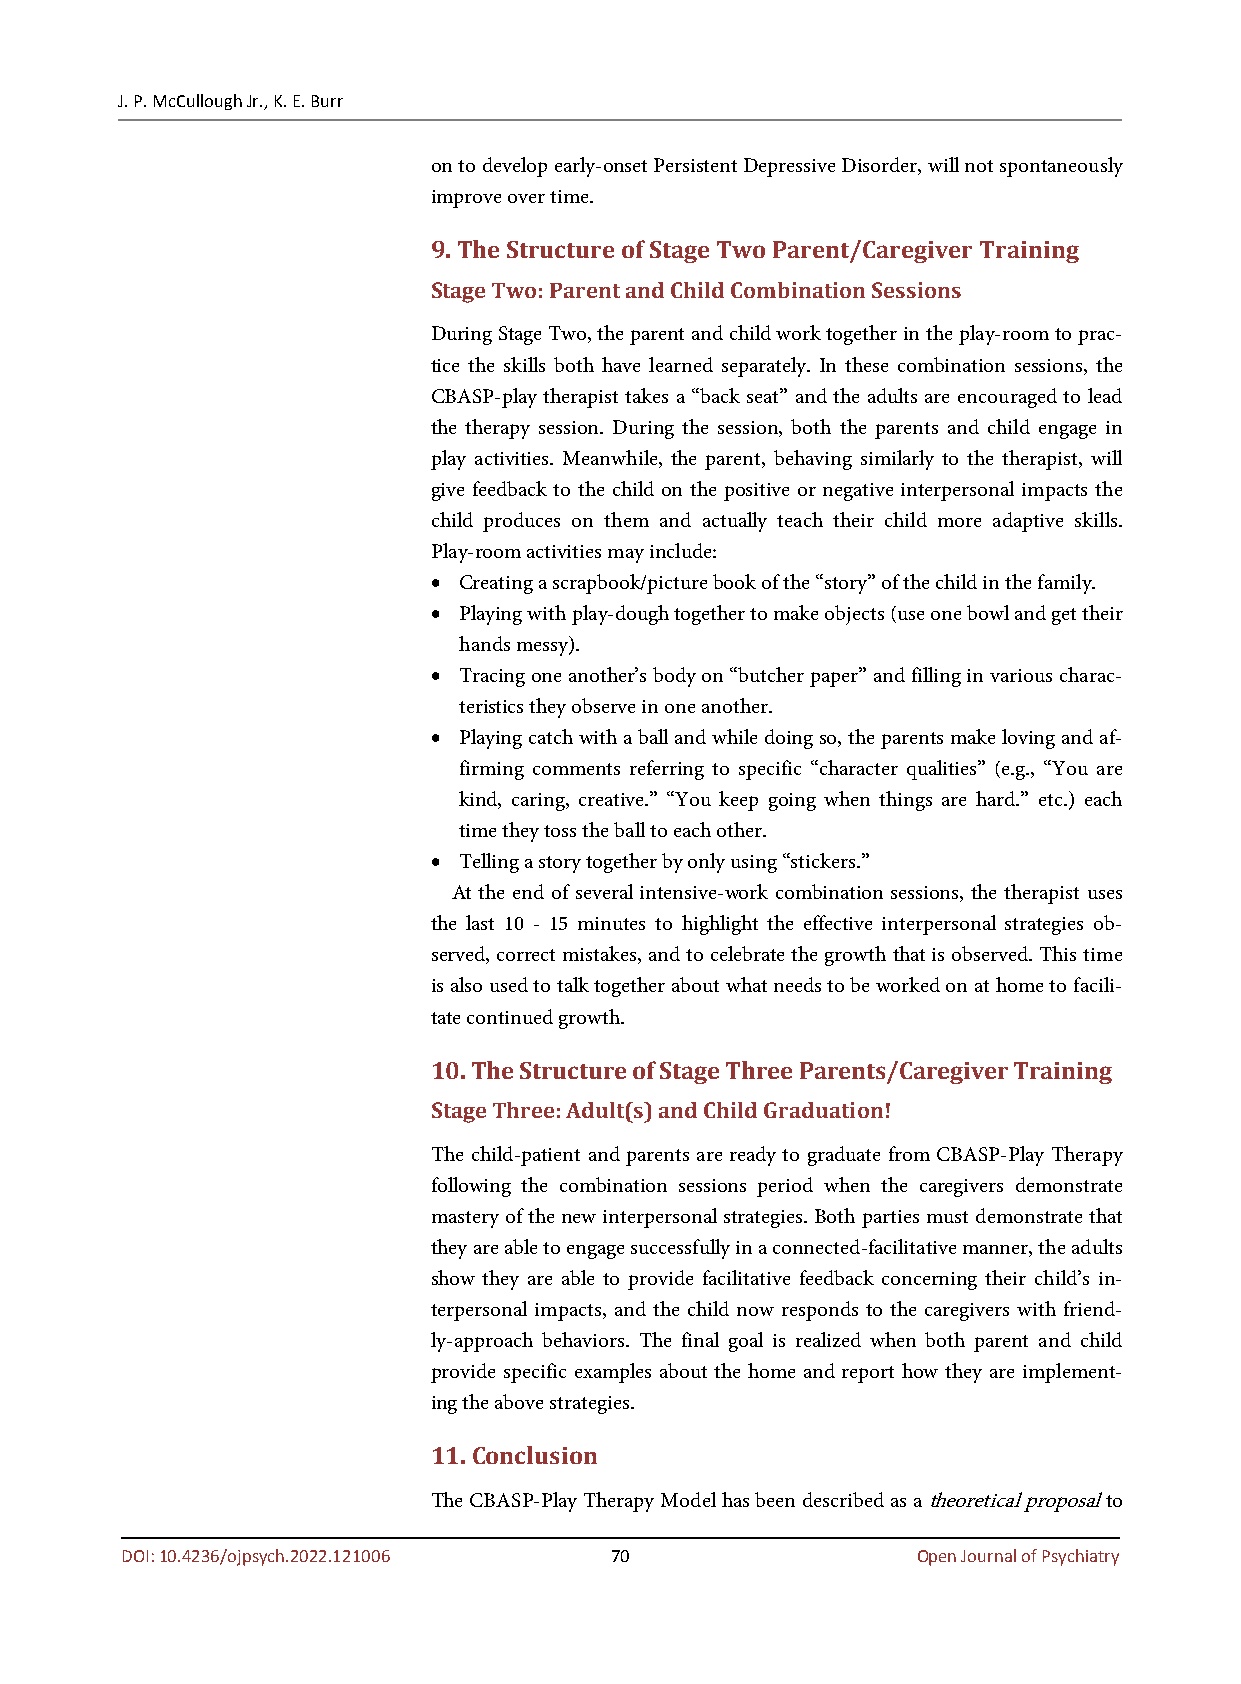
J. P. McCullough Jr., K. E. Burr
 on to develop early-onset Persistent Depressive Disorder, will not spontaneously
 improve over time.
 9. The Structure of Stage Two Parent/Caregiver Training
 Stage Two: Parent and Child Combination Sessions
 During Stage Two, the parent and child work together in the play-room to prac-
 tice the skills both have learned separately. In these combination sessions, the
 CBASP-play therapist takes a “back seat” and the adults are encouraged to lead
 the therapy session. During the session, both the parents and child engage in
 play activities. Meanwhile, the parent, behaving similarly to the therapist, will
 give feedback to the child on the positive or negative interpersonal impacts the
 child produces on them and actually teach their child more adaptive skills.
 Play-room activities may include:
 • Creating a scrapbook/picture book of the “story” of the child in the family.
 • Playing with play-dough together to make objects (use one bowl and get their
 hands messy).
 • Tracing one another’s body on “butcher paper” and filling in various charac-
 teristics they observe in one another.
 • Playing catch with a ball and while doing so, the parents make loving and af-
 firming comments referring to specific “character qualities” (e.g., “You are
 kind, caring, creative.” “You keep going when things are hard.” etc.) each
 time they toss the ball to each other.
 • Telling a story together by only using “stickers.”
 At the end of several intensive-work combination sessions, the therapist uses
 the last 10 - 15 minutes to highlight the effective interpersonal strategies ob-
 served, correct mistakes, and to celebrate the growth that is observed. This time
 is also used to talk together about what needs to be worked on at home to facili-
 tate continued growth.
 10. The Structure of Stage Three Parents/Caregiver Training
 Stage Three: Adult(s) and Child Graduation!
 The child-patient and parents are ready to graduate from CBASP-Play Therapy
 following the combination sessions period when the caregivers demonstrate
 mastery of the new interpersonal strategies. Both parties must demonstrate that
 they are able to engage successfully in a connected-facilitative manner, the adults
 show they are able to provide facilitative feedback concerning their child’s in-
 terpersonal impacts, and the child now responds to the caregivers with friend-
 ly-approach behaviors. The final goal is realized when both parent and child
 provide specific examples about the home and report how they are implement-
 ing the above strategies.
 11. Conclusion
 The CBASP-Play Therapy Model has been described as a theoretical proposal to
 DOI: 10.4236/ojpsych.2022.121006 70                  Open Journal of Psychiatry